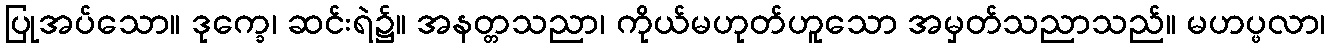
ပြုအပ်သော။ ဒုက္ခေ၊ ဆင်းရဲ၌။ အနတ္တသညာ၊ ကိုယ်မဟုတ်ဟူသော အမှတ်သညာသည်။ မဟပ္ဖလာ၊